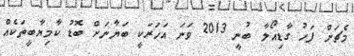
މެޗަށް ފަހު ގާޑިއޯލާ ބުނީ 2013 ވަނަ އަހަރަކީ ބަޔާނަށް ބޮޑު ކާމިޔާބީތަކެއް